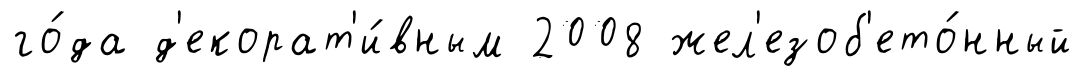
го́да д'екорат'и́вным 2008 жел'езоб'ето́нный